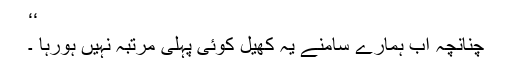
‘‘
چنانچہ اب ہمارے سامنے یہ کھیل کوئی پہلی مرتبہ نہیں ہورہا ۔